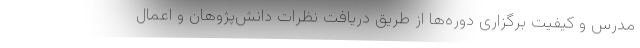
مدرس و کیفیت برگزاری دوره‌ها از طریق دریافت نظرات دانش‌پژوهان و اعمال